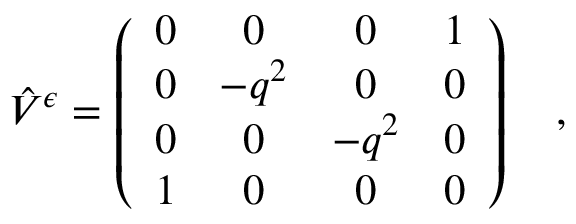
\hat { V } ^ { \epsilon } = \left( \begin{array} { c c c c } { { 0 } } & { { 0 } } & { { 0 } } & { { 1 } } \\ { { 0 } } & { { - q ^ { 2 } } } & { { 0 } } & { { 0 } } \\ { { 0 } } & { { 0 } } & { { - q ^ { 2 } } } & { { 0 } } \\ { { 1 } } & { { 0 } } & { { 0 } } & { { 0 } } \end{array} \right) \quad , \quad